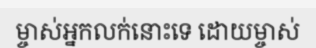
ម្ចាស់អ្នកលក់នោះទេ ដោយម្ចាស់